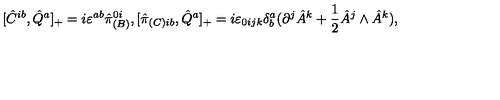
[ \hat { C } ^ { i b } , \hat { Q } ^ { a } ] _ { + } = i \varepsilon ^ { a b } \hat { \pi } _ { ( B ) } ^ { 0 i } , [ \hat { \pi } _ { ( C ) i b } , \hat { Q } ^ { a } ] _ { + } = i \varepsilon _ { 0 i j k } \delta _ { b } ^ { a } ( \partial ^ { j } \hat { A } ^ { k } + \frac { 1 } { 2 } \hat { A } ^ { j } \wedge \hat { A } ^ { k } ) ,